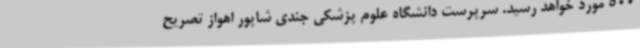
500 مورد خواهد رسید. سرپرست دانشگاه علوم پزشکی جندی شاپور اهواز تصریح